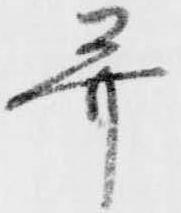
并